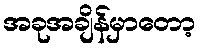
အခုအချိန်မှာတော့